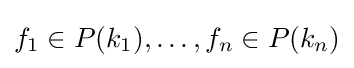
f_{1}\in P(k_{1}),\ldots ,f_{n}\in P(k_{n})